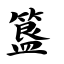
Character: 簋